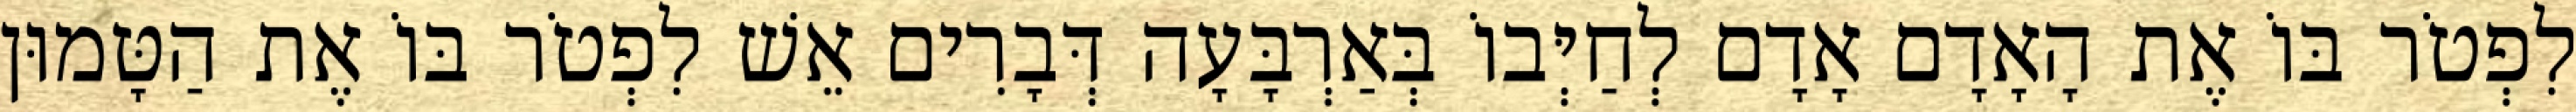
לִפְטֹר בּוֹ אֶת הָאָדָם אָדָם לְחַיְּבוֹ בְּאַרְבָּעָה דְּבָרִים אֵשׁ לִפְטֹר בּוֹ אֶת הַטָּמוּן